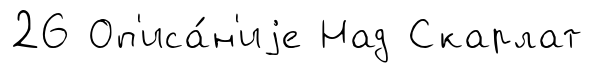
26 Оп'иса́н'иjе Над Скарлат